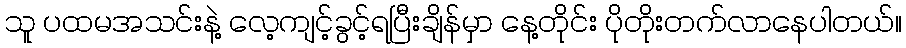
သူ ပထမအသင်းနဲ့ လေ့ကျင့်ခွင့်ရပြီးချိန်မှာ နေ့တိုင်း ပိုတိုးတက်လာနေပါတယ်။